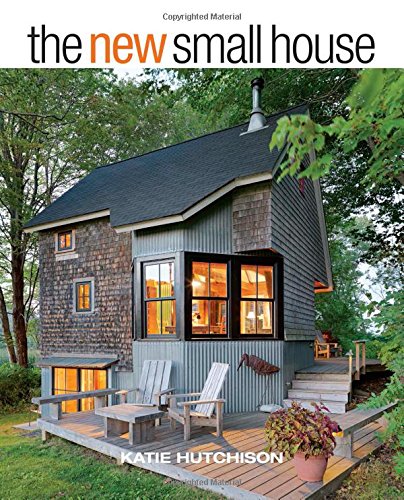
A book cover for The New Small House; Katie Hutchison; Crafts, Hobbies & Home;